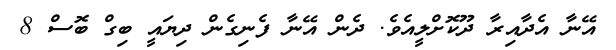
އޭނާ އެދާއިރާ ދޫކޮށްލީއެވެ. ދެން އޭނާ ފެނިގެން ދިޔައީ ބިގް ބޮސް 8